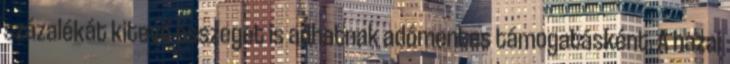
százalékát kitevő összeget is adhatnak adómentes támogatásként. A hazai